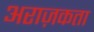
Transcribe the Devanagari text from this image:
अराज़कता